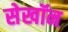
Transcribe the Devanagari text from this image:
सेखॉन